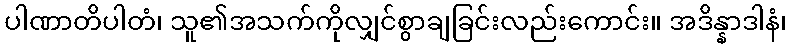
ပါဏာတိပါတံ၊ သူ၏အသက်ကိုလျှင်စွာချခြင်းလည်းကောင်း။ အဒိန္နာဒါနံ၊